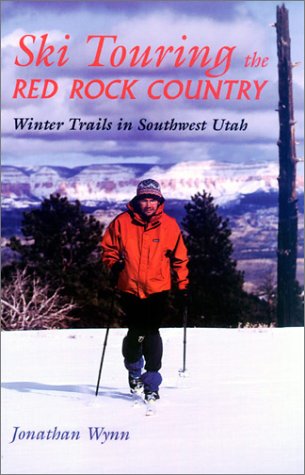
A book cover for Ski Touring The Red Rock Country: Winter Trails in Southwest Utah; Jonathan Wynn; Travel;